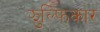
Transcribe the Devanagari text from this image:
झुल्फिकार